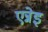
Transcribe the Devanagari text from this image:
एन्नेइ